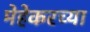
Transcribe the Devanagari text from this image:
मेहेकरच्या